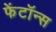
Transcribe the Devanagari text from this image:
फेंटॉन्स